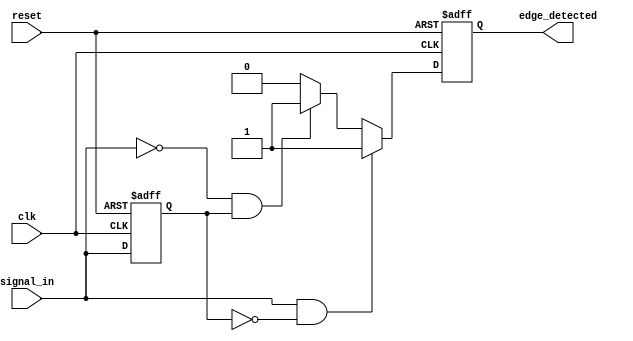
module edge_detector (
    input wire clk,               // Clock signal
    input wire reset,             // Reset signal
    input wire signal_in,         // Input signal
    output reg edge_detected      // Output signal
);

    reg previous_state;           // Register to store the previous state of the input signal

    always @(posedge clk or posedge reset) begin
        if (reset) begin
            previous_state <= 1'b0; // Initialize previous state to low on reset
            edge_detected <= 1'b0;   // Initialize edge detected to low on reset
        end else begin
            // Edge detection logic
            if ((signal_in == 1'b1) && (previous_state == 1'b0)) begin
                // Rising edge detected
                edge_detected <= 1'b1;
            end else if ((signal_in == 1'b0) && (previous_state == 1'b1)) begin
                // Falling edge detected
                edge_detected <= 1'b1;
            end else begin
                edge_detected <= 1'b0; // No edge detected
            end

            // Update the previous state to the current state for the next cycle
            previous_state <= signal_in;
        end
    end

endmodule